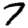
Digit: 7